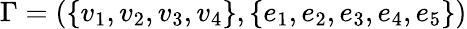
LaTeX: \Gamma=(\{ v_{1},v_{2},v_{3},v_{4}\} ,\{ e_{1},e_{2},e_{3},e_{4},e_{5}\} )